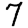
Digit: 7